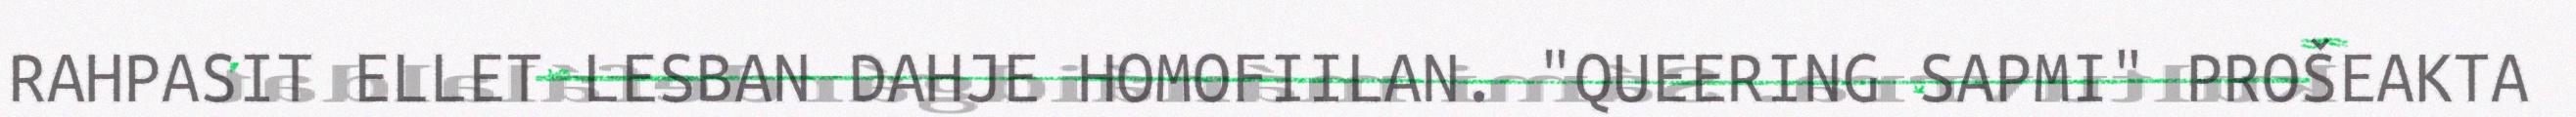
RAHPASIT ELLET LESBAN DAHJE HOMOFIILAN. "QUEERING SAPMI" PROŠEAKTA